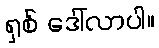
ရှစ် ဒေါ်လာပါ။